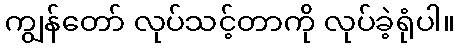
ကျွန်တော် လုပ်သင့်တာကို လုပ်ခဲ့ရုံပါ။